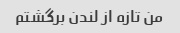
من تازه از لندن برگشتم